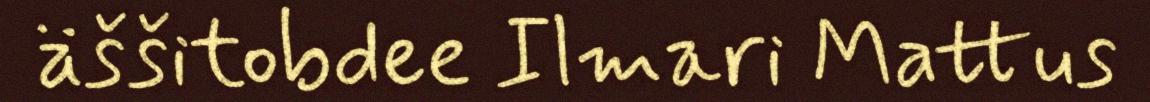
äššitobdee Ilmari Mattus